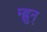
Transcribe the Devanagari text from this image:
म्ह्नुन्